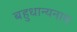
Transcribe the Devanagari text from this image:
बहुधान्यनाम